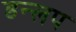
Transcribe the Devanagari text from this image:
डन्लप